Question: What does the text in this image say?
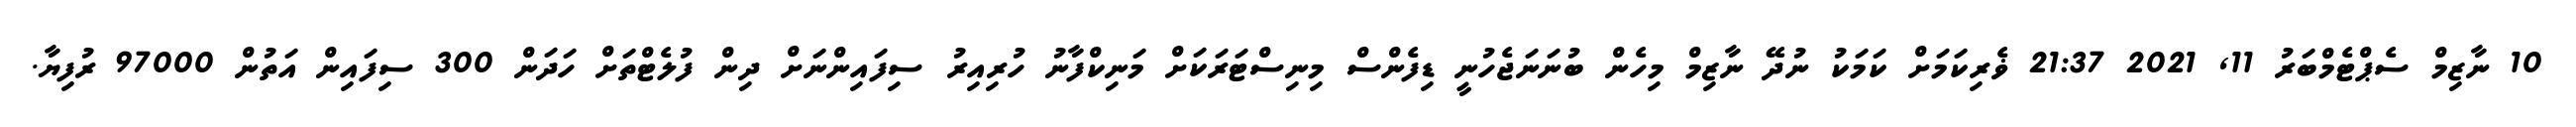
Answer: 10 ނާޒިމް ސެޕްޓެމްބަރު 11, 2021 21:37 ޥެރިކަމަށް ކަމަކު ނުދޭ ނާޒިމް މިހެން ބުނަނަޖެހުނީ ޑިފެންސް މިނިސްޓަރަކަށް މަނިކްފާނު ހުރިއިރު ސިފައިންނަށް ދިން ފުލެޓްތަށް ހަދަން 300 ސިފައިން އަތުން 97000 ރުފިޔާ.